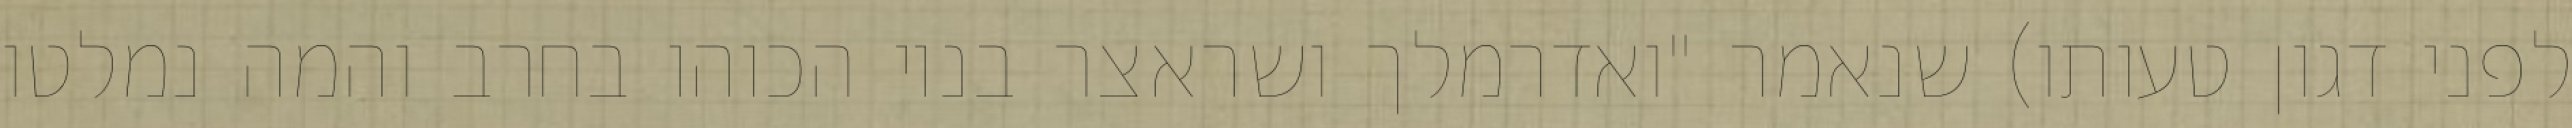
לפני דגון טעותו) שנאמר "ואדרמלך ושראצר בניו הכוהו בחרב והמה נמלטו